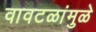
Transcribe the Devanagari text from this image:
वावटळांमुळे